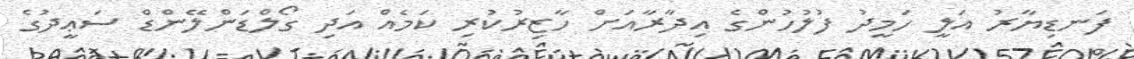
ފަނޑިޔާރު އަލީ ހަމީދު ފުލުހުންގެ އިދާރާއަށް ހާޒިރުކުރި ކަމެއް އަދި ގޯލްޑަންލޭންޑް ސަޢީދުގެ